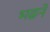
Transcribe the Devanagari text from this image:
भढने